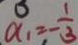
\alpha _ { 1 } = - \frac { 1 } { 3 }